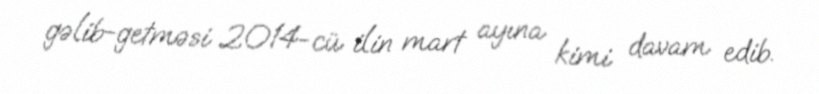
gəlib-getməsi 2014-cü ilin mart ayına kimi davam edib.